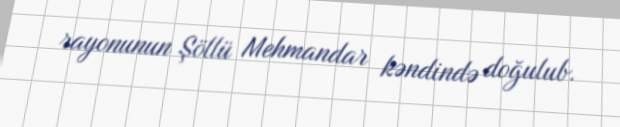
rayonunun Şöllü Mehmandar kəndində doğulub.